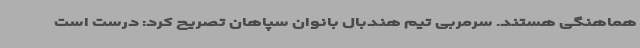
هماهنگی هستند. سرمربی تیم هندبال بانوان سپاهان تصریح کرد: درست است